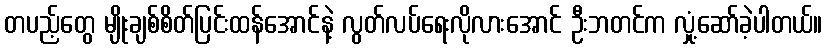
တပည့်တွေ မျိုးချစ်စိတ်ပြင်းထန်အောင်နဲ့ လွတ်လပ်ရေးလိုလားအောင် ဦးဘတင်က လှုံ့ဆော်ခဲ့ပါတယ်။